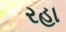
રહા